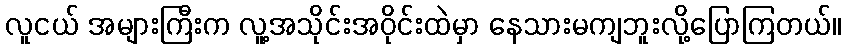
လူငယ် အများကြီးက လူ့အသိုင်းအဝိုင်းထဲမှာ နေသားမကျဘူးလို့ပြောကြတယ်။